Indian journal of veterinary science and animal husbandry - Volumes 18-21, 1948-1951
Year: 1948
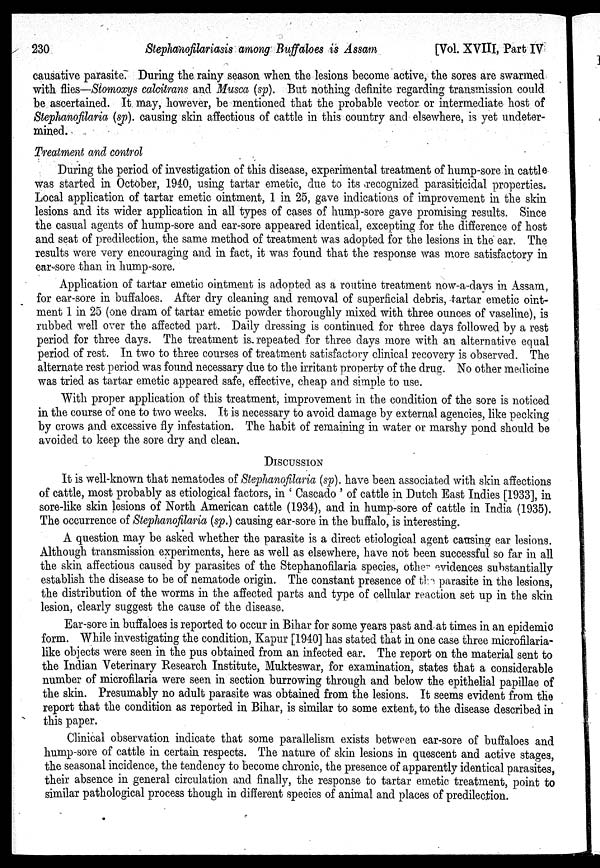
230
Stephanofilariasis among Buffaloes is Assam
[Vol. XVIII, Part IV
causative parasite. During the rainy season when the lesions become active, the sores are swarmed
with flies—Stomoxys calcitrans and Musca (sp). But nothing definite regarding transmission could
be ascertained. It may, however, be mentioned that the probable vector or intermediate host of
Stephanofilaria (sp). causing skin affectious of cattle in this country and elsewhere, is yet undeter-
mined.
Treatment and control
During the period of investigation of this disease, experimental treatment of hump-sore in cattle
was started in October, 1940, using tartar emetic, due to its recognized parasiticidal properties.
Local application of tartar emetic ointment, 1 in 25, gave indications of improvement in the skin
lesions and its wider application in all types of cases of hump-sore gave promising results. Since
the casual agents of hump-sore and ear-sore appeared identical, excepting for the difference of host
and seat of predilection, the same method of treatment was adopted for the lesions in the ear. The
results were very encouraging and in fact, it was found that the response was more satisfactory in
ear-sore than in hump-sore.
Application of tartar emetic ointment is adopted as a routine treatment now-a-days in Assam,
for ear-sore in buffaloes. After dry cleaning and removal of superficial debris, tartar emetic oint-
ment 1 in 25 (one dram of tartar emetic powder thoroughly mixed with three ounces of vaseline), is
rubbed well over the affected part. Daily dressing is continued for three days followed by a rest
period for three days. The treatment is repeated for three days more with an alternative equal
period of rest. In two to three courses of treatment satisfactory clinical recovery is observed. The
alternate rest period was found necessary due to the irritant property of the drug. No other medicine
was tried as tartar emetic appeared safe, effective, cheap and simple to use.
With proper application of this treatment, improvement in the condition of the sore is noticed
in the course of one to two weeks. It is necessary to avoid damage by external agencies, like pecking
by crows and excessive fly infestation. The habit of remaining in water or marshy pond should be
avoided to keep the sore dry and clean.
DISCUSSION
It is well-known that nematodes of Stephanofilaria (sp). have been associated with skin affections
of cattle, most probably as etiological factors, in ' Cascado ' of cattle in Dutch East Indies [1933], in
sore-like skin lesions of North American cattle (1934), and in hump-sore of cattle in India (1935).
The occurrence of Stephanofilaria (sp.) causing ear-sore in the buffalo, is interesting.
A question may be asked whether the parasite is a direct etiological agent causing ear lesions.
Although transmission experiments, here as well as elsewhere, have not been successful so far in all
the skin affectious caused by parasites of the Stephanofilaria species, other evidences substantially
establish the disease to be of nematode origin. The constant presence of the parasite in the lesions,
the distribution of the worms in the affected parts and type of cellular reaction set up in the skin
lesion, clearly suggest the cause of the disease.
Ear-sore in buffaloes is reported to occur in Bihar for some years past and at times in an epidemic
form. While investigating the condition, Kapur [1940] has stated that in one case three microfilaria-
like objects were seen in the pus obtained from an infected ear. The report on the material sent to
the Indian Veterinary Research Institute, Mukteswar, for examination, states that a considerable
number of microfilaria were seen in section burrowing through and below the epithelial papillae of
the skin. Presumably no adult parasite was obtained from the lesions. It seems evident from the
report that the condition as reported in Bihar, is similar to some extent, to the disease described in
this paper.
Clinical observation indicate that some parallelism exists between ear-sore of buffaloes and
hump-sore of cattle in certain respects. The nature of skin lesions in quescent and active stages,
the seasonal incidence, the tendency to become chronic, the presence of apparently identical parasites,
their absence in general circulation and finally, the response to tartar emetic treatment, point to
similar pathological process though in different species of animal and places of predilection.